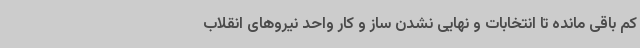
کم باقی مانده تا انتخابات و نهایی نشدن ساز و کار واحد نیروهای انقلاب